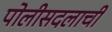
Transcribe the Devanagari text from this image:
पोलीसदलाची